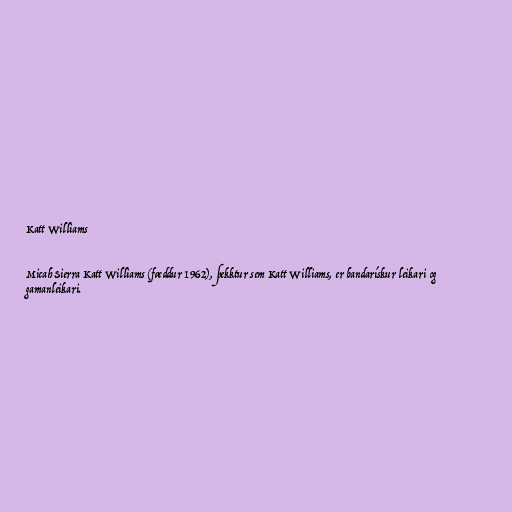
Katt Williams

Micah Sierra Katt Williams (fæddur 1962), þekktur sem Katt Williams, er bandarískur leikari og
gamanleikari.